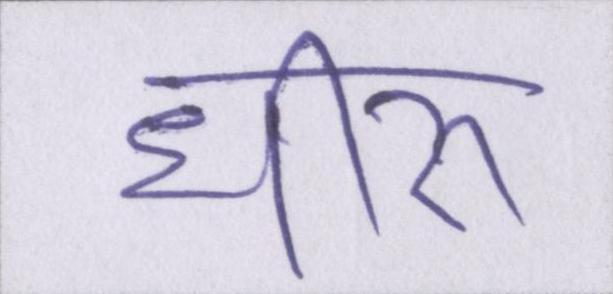
धीरू